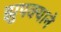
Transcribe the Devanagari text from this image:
झुपक्याने